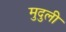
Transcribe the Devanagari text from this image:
मुदुली